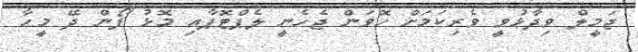
ޖަމީލް ވިދާޅުވީ ވެރިކަމަށް ހޮވަން ޖެހެނީ ލެޕްޓޮޕާއި މޮޅު ފޯން ދޭ މީހާ